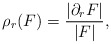
\begin{align*} \rho_r(F) = \frac{|\partial_r F|}{|F|}, \end{align*}